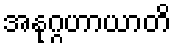
အနုဂ္ဂဟာယာတိ